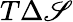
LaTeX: T\Delta\mathscr{S}